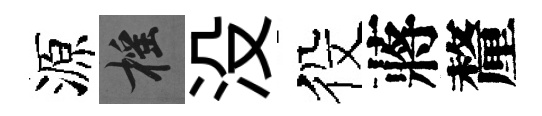
源摇没役蔣釐